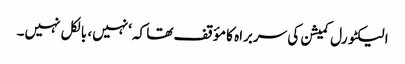
الیکٹورل کمیشن کی سربراہ کا مؤقف تھا کہ ‘نہیں، بالکل نہیں۔